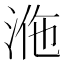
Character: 𣴾